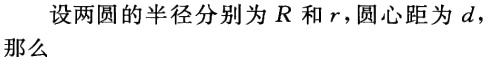
设两圆的半径分别为 \(R\) 和 \(r\)，圆心距为 \(d\)，那么